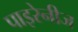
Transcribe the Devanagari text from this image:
पाइरेनीज